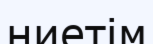
ниетім